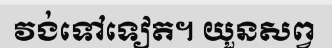
វង់ទៅទៀត។ យួនសព្វ